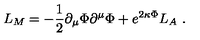
L _ { M } = - \frac { 1 } { 2 } \partial _ { \mu } \Phi \partial ^ { \mu } \Phi + e ^ { 2 \kappa \Phi } L _ { A } \ .